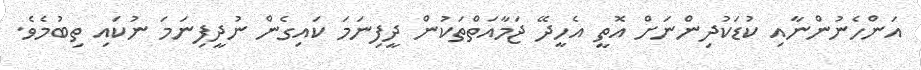
އަންހެނުންނާއި ކުޑަކުދިންނަށް އޮތީ އެހީދޭ ޖަމާއަތްތަކުން ދީފިނަމަ ކައިގެން ނުދީފިނަމަ ނުކައި ތިބުމެވެ.